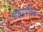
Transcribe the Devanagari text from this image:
कारप्रोफेन